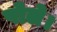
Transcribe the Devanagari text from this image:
पोले।